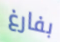
بفارغ